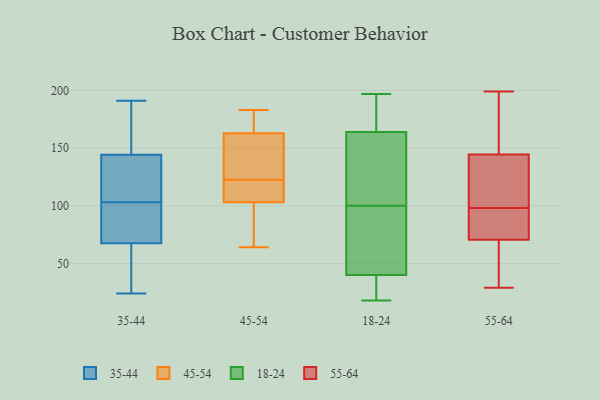
{"axis": {"x": "Net Income (USD K)", "y": "Value"}, "legend": ["18-24", "35-44", "45-54", "55-64"], "data": [{"x": "", "y": 112, "type": "35-44"}, {"x": "", "y": 28, "type": "35-44"}, {"x": "", "y": 147, "type": "35-44"}, {"x": "", "y": 24, "type": "35-44"}, {"x": "", "y": 177, "type": "35-44"}, {"x": "", "y": 63, "type": "35-44"}, {"x": "", "y": 103, "type": "35-44"}, {"x": "", "y": 25, "type": "35-44"}, {"x": "", "y": 136, "type": "35-44"}, {"x": "", "y": 126, "type": "35-44"}, {"x": "", "y": 86, "type": "35-44"}, {"x": "", "y": 81, "type": "35-44"}, {"x": "", "y": 89, "type": "35-44"}, {"x": "", "y": 97, "type": "35-44"}, {"x": "", "y": 155, "type": "35-44"}, {"x": "", "y": 44, "type": "35-44"}, {"x": "", "y": 191, "type": "35-44"}, {"x": "", "y": 119, "type": "35-44"}, {"x": "", "y": 191, "type": "35-44"}, {"x": "", "y": 143, "type": "45-54"}, {"x": "", "y": 108, "type": "45-54"}, {"x": "", "y": 64, "type": "45-54"}, {"x": "", "y": 112, "type": "45-54"}, {"x": "", "y": 103, "type": "45-54"}, {"x": "", "y": 164, "type": "45-54"}, {"x": "", "y": 76, "type": "45-54"}, {"x": "", "y": 183, "type": "45-54"}, {"x": "", "y": 133, "type": "45-54"}, {"x": "", "y": 163, "type": "45-54"}, {"x": "", "y": 18, "type": "18-24"}, {"x": "", "y": 131, "type": "18-24"}, {"x": "", "y": 152, "type": "18-24"}, {"x": "", "y": 44, "type": "18-24"}, {"x": "", "y": 126, "type": "18-24"}, {"x": "", "y": 92, "type": "18-24"}, {"x": "", "y": 36, "type": "18-24"}, {"x": "", "y": 26, "type": "18-24"}, {"x": "", "y": 193, "type": "18-24"}, {"x": "", "y": 66, "type": "18-24"}, {"x": "", "y": 197, "type": "18-24"}, {"x": "", "y": 20, "type": "18-24"}, {"x": "", "y": 65, "type": "18-24"}, {"x": "", "y": 191, "type": "18-24"}, {"x": "", "y": 108, "type": "18-24"}, {"x": "", "y": 48, "type": "18-24"}, {"x": "", "y": 33, "type": "18-24"}, {"x": "", "y": 129, "type": "18-24"}, {"x": "", "y": 176, "type": "18-24"}, {"x": "", "y": 187, "type": "18-24"}, {"x": "", "y": 199, "type": "55-64"}, {"x": "", "y": 41, "type": "55-64"}, {"x": "", "y": 83, "type": "55-64"}, {"x": "", "y": 29, "type": "55-64"}, {"x": "", "y": 69, "type": "55-64"}, {"x": "", "y": 134, "type": "55-64"}, {"x": "", "y": 75, "type": "55-64"}, {"x": "", "y": 170, "type": "55-64"}, {"x": "", "y": 85, "type": "55-64"}, {"x": "", "y": 186, "type": "55-64"}, {"x": "", "y": 137, "type": "55-64"}, {"x": "", "y": 98, "type": "55-64"}, {"x": "", "y": 147, "type": "55-64"}, {"x": "", "y": 110, "type": "55-64"}, {"x": "", "y": 159, "type": "55-64"}, {"x": "", "y": 68, "type": "55-64"}, {"x": "", "y": 109, "type": "55-64"}, {"x": "", "y": 44, "type": "55-64"}, {"x": "", "y": 94, "type": "55-64"}]}